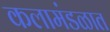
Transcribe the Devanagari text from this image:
कलामंडळात